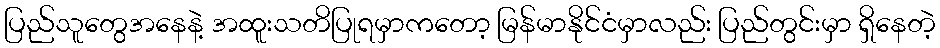
ပြည်သူတွေအနေနဲ့ အထူးသတိပြုရမှာကတော့ မြန်မာနိုင်ငံမှာလည်း ပြည်တွင်းမှာ ရှိနေတဲ့